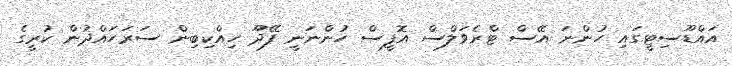
އައްޑޫސިޓީގައި ހުންނަ އޭސް ޓްރެވަލްސް އޮފީސް ހުންނަނީ ފޭދޫ ހިއްކިބިން ސަރަހައްދުން ކުރީގެ